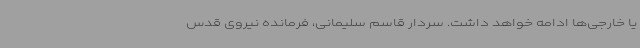
یا خارجی‌ها ادامه خواهد داشت. سردار قاسم سلیمانی، فرمانده نیروی قدس